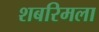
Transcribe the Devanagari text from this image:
शबरिमला